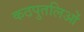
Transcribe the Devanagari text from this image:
कठपुतलिओं